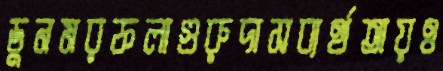
ডুনমরফলাগুরুদাসব্যর্থতায়ও